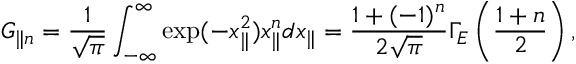
G _ { \parallel n } = \frac { 1 } { \sqrt { \pi } } \int _ { - \infty } ^ { \infty } \exp ( - x _ { \parallel } ^ { 2 } ) x _ { \parallel } ^ { n } d x _ { \parallel } = \frac { 1 + ( - 1 ) ^ { n } } { 2 \sqrt { \pi } } \Gamma _ { E } \left( \frac { 1 + n } { 2 } \right) ,